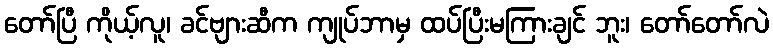
တော်ပြီ ကိုယ့်လူ၊ ခင်ဗျားဆီက ကျုပ်ဘာမှ ထပ်ပြီးမကြားချင် ဘူး၊ တော်တော်လဲ